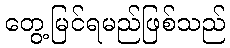
တွေ့မြင်ရမည်ဖြစ်သည်